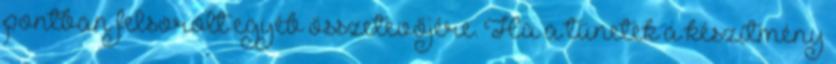
pontban felsorolt egyéb összetevőjére. Ha a tünetek a készítmény